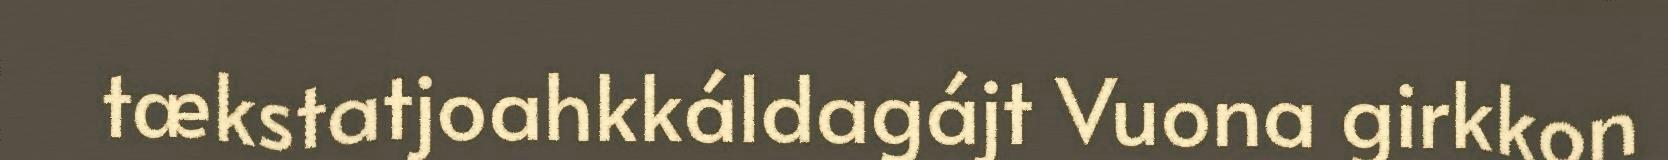
tækstatjoahkkáldagájt Vuona girkkon